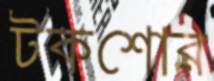
টকশোর